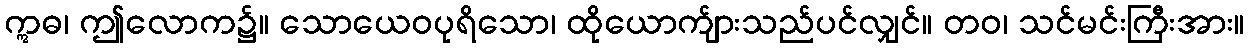
ဣဓ၊ ဤလောက၌။ သောယေဝပုရိသော၊ ထိုယောက်ျားသည်ပင်လျှင်။ တဝ၊ သင်မင်းကြီးအား။